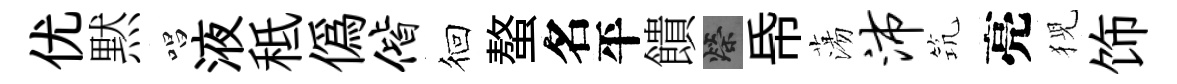
优黙唱液秪偽偕徊螯名平饋榮帋蕩沛𥬑亮猊饰